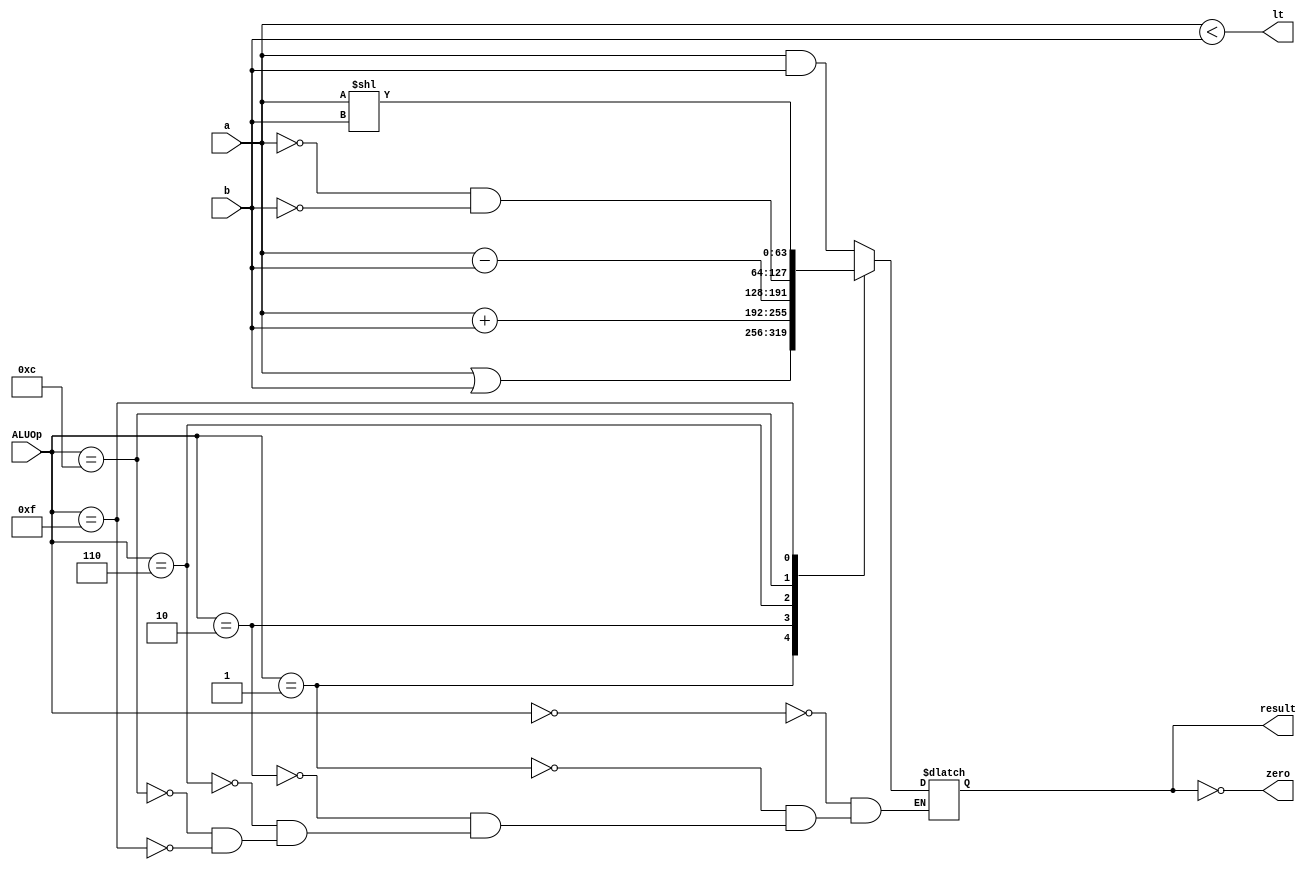
// This program was cloned from: https://github.com/AuraGuardian23/riscv_pipelined_processor
// License: MIT License

`timescale 1ns / 1ps

module ALU_64_bit (input [63:0] a, input [63:0] b,
input [3:0] ALUOp, 
output reg [63:0] result, 
output wire zero,
output wire lt);

assign zero = (result == 0);
assign lt = (a < b); // less than

always @(*)
begin
    case (ALUOp[3:0])
        4'b0000: result <= a & b; // AND
        4'b0001: result <= a | b; // OR
        4'b0010: result <= a + b; // ADD
        4'b0110: result <= a - b; // Subtract
        4'b1100: result <= ~a & ~b; // NOR
        4'b1111: result <= a << b; // Shift left
    endcase
end

endmodule